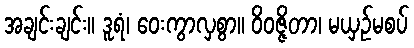
အချင်းချင်း။ ဒူရံ၊ ဝေးကွာလှစွာ။ ဝိဝဇ္ဇိတာ၊ မယှဉ်မစပ်